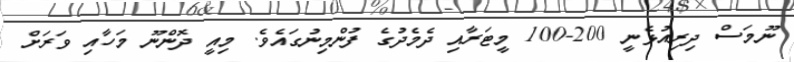
ނޫމަސް ދިރިއުޅެނީ 200-100 މީޓަރާއި ދެމެދުގެ ފުންމިނުގައެވެ. މިއީ ދޮންނޫ މަހާއި ވަރަށް